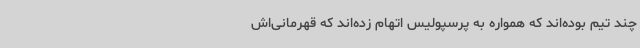
چند تیم بوده‌اند که همواره به پرسپولیس اتهام زده‌اند که قهرمانی‌اش